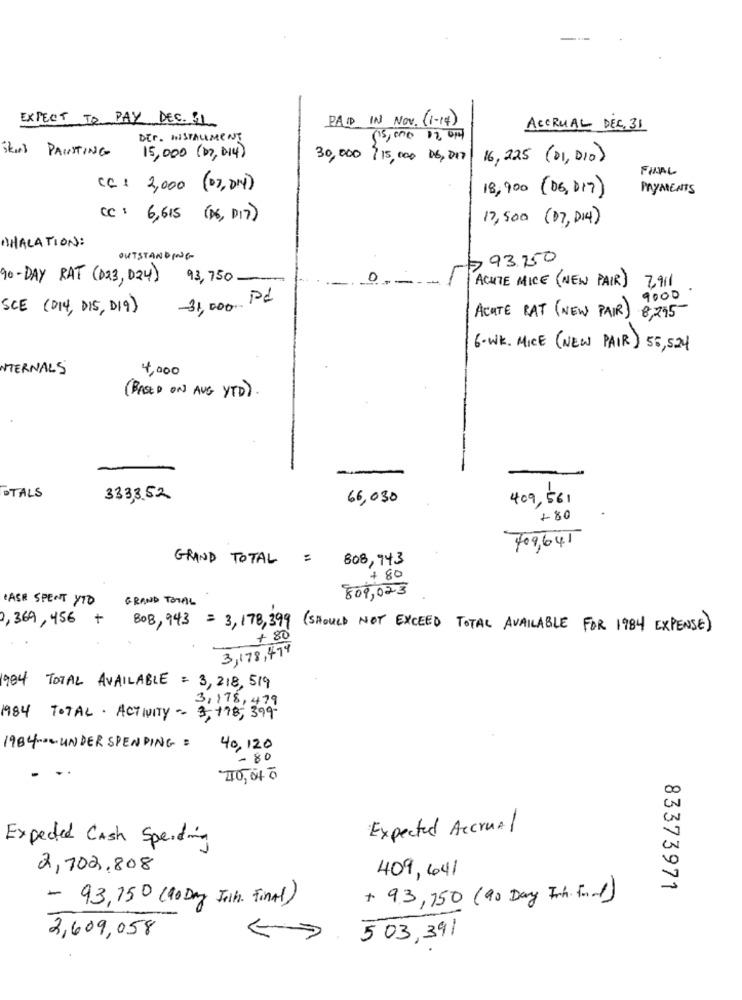
EXPECT TO PAY DEC. 31
PAID IN NOV. (1-14)
ACCRUAL DEC. 31
DET. INSTALLMENT
15,000 12 ort
Skind PAINTING
15,000 (07,014)
30,000 ?15,000 06, 017
16,225 (01, 010)
FINAL
CC : 2,000 (07, 014)
18,900 (06, 017)
PAYMENTS
cc :
6,615 ( D6, DI7)
17,500 ( 07, 014)
BHALATION :
OUTSTANDING
93.250
90-DAY RAT ( 023, 024)
93,750-
2911
ACUTE MICE (NEW PAIR)
Pd
9000
SCE (D14, DIS, DI9)
31,000
ACUTE RAT ( NEW PAIR)
8,215
6- WK. MICE (NEW PAIR) 55, 524
INTERNALS
4,000
( BASED ON AUG YTD).
STALS
333,3.52
66,030
409,561
+80
GRAND TOTAL =
808,943
+ 80
809,023
CASE SPENT YTO
GRAND TOTAL
2,369, 456 + BOB,943 = 3,178,399 (SHOULD NOT EXCEED TOTAL AVAILABLE FOR 1984 EXPENSE)
+ 80
3,178, 474
1904 TOTAL AVAILABLE = 3, 218, 519
3,178, 479
1984 TOTAL . ACTIVITY - 3, 778, 399-
1984 ---- UNDER SPENDING =
40,120
- 80
110,040
Expected Accrual
Expected Cash Spending
2,702,808
409, 641
83373971
- 93,750 (90 Day Jih. Final)
+ 93, 750 (90 Day Inn. Food)
2,609,058
5 03,391